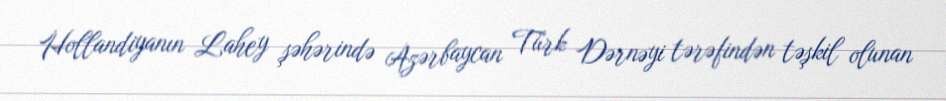
Hollandiyanın Lahey şəhərində Azərbaycan Türk Dərnəyi tərəfindən təşkil olunan